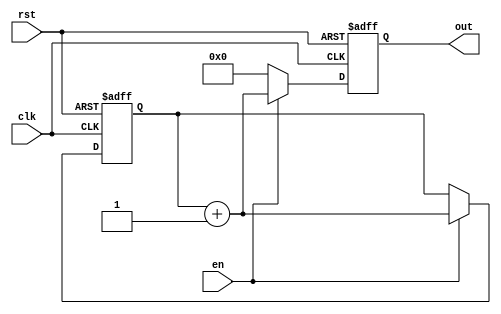
module comptador_8_bits(
input clk,
input rst,
input en,
output reg [7:0] out
);

reg [7:0] counter; //registre temporal comptador

always @(posedge clk or negedge rst) begin
	if (rst == 1'b0) begin //quan reset es 0 (Actiu per nivell baix)
	counter <= 8'b0; //el comptador s 0
	end
	//per rst 1
	else if (en == 1'b0) begin //per enable 0  
	counter <= counter; //el comptador mantindra el seu valor
	end 

	else begin
	counter <= counter + 1'b1; //per enable 1 el comptador contara
	end
end

always @(posedge clk or negedge rst) begin
	if (rst == 1'b0) begin //quan rst es 0 la sortida es 0
        out <= 8'b0; 
	end
	//per reset 1
        else if (en == 1'b0) begin  //per en 0
        out <= 8'b0; //la sortida ha de ser 0
	end 

        else begin
        out <= counter + 1; //sino la sortida agafara el valor del comptador    
	end
end
endmodule